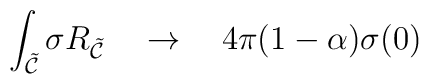
\int_{{\tilde {\cal C}}}\sigma R_{{\tilde {\cal C}}}~~~\rightarrow~~~4\pi (1-\alpha)\sigma(0)